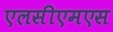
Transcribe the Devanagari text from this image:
एलसीएमएस